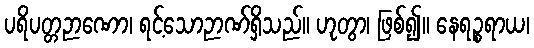
ပရိပတ္တဉာဏော၊ ရင့်သောဉာဏ်ရှိသည်။ ဟုတွာ၊ ဖြစ်၍။ နေရဉ္စရာယ၊